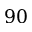
9 0